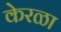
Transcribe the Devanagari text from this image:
केरळा